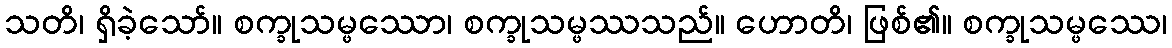
သတိ၊ ရှိခဲ့သော်။ စက္ခုသမ္ဖဿော၊ စက္ခုသမ္ဖဿသည်။ ဟောတိ၊ ဖြစ်၏။ စက္ခုသမ္ဖဿေ၊